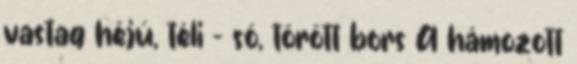
vastag héjú, téli - só, törött bors A hámozott